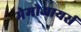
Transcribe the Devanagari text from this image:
मेमोआयर्स